Vaccination report Assam 1874-1896 - 1874-1896
Year: 1874
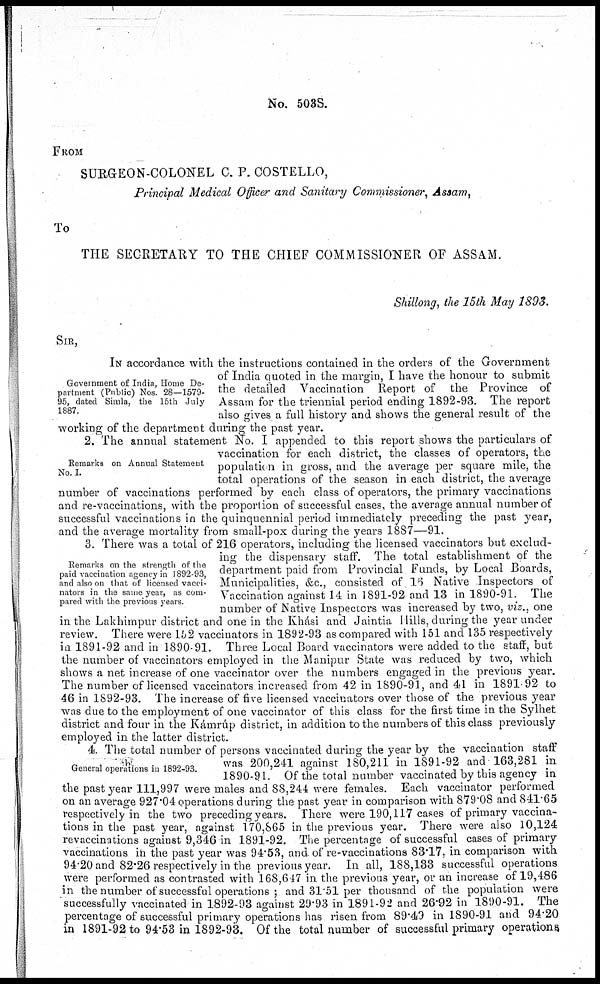
No. 503S
FROM
SURGEON-COLONEL C. P. COSTELLO,
Principal Medical Officer and Sanitary Commissioner, Assam,
To
THE SECRETARY TO THE CHIEF COMMISSIONER OF ASSAM.
Shillong, the 15th May 1893.
SIR,
Government of India, Home De-
partment (Public) Nos. 28—1579-
95, dated Simla, the 15th July
1887.
IN accordance with the instructions contained in the orders of the Government
of India quoted in the margin, I have the honour to submit
the detailed Vaccination Report of the Province of
Assam for the triennial period ending 1892-93. The report
also gives a full history and shows the general result of the
working of the department during the past year.
Remarks on Annual Statement
No. I.
2. The annual statement No. I appended to this report shows the particulars of
vaccination for each district, the classes of operators, the
population in gross, and the average per square mile, the
total operations of the season in each district, the average
number of vaccinations performed by each class of operators, the primary vaccinations
and re-vaccinations, with the proportion of successful cases, the average annual number of
successful vaccinations in the quinquennial period immediately preceding the past year,
and the average mortality from small-pox during the years 1887—91.
Remarks on the strength of the
paid vaccination agency in 1892-93,
and also on that of licensed vacci-
nators in the same year, as com-
pared with the previous years.
3. There was a total of 216 operators, including the licensed vaccinators but exclud-
ing the dispensary staff. The total establishment of the
department paid from Provincial Funds, by Local Boards,
Municipalities, &c., consisted of 16 Native Inspectors of
Vaccination against 14 in 1891-92 and 13 in 1890-91. The
number of Native Inspectors was increased by two, viz., one
in the Lakhimpur district and one in the Khási and Jaintia Hills, during the year under
review. There were 152 vaccinators in 1892-93 as compared with 151 and 135 respectively
in 1891-92 and in 1890-91. Three Local Board vaccinators were added to the staff, but
the number of vaccinators employed in the Manipur State was reduced by two, which
shows a net increase of one vaccinator over the numbers engaged in the previous year.
The number of licensed vaccinators increased from 42 in 1890-91, and 41 in 1891-92 to
46 in 1892-93. The increase of five licensed vaccinators over those of the previous year
was due to the employment of one vaccinator of this class for the first time in the Sylhet
district and four in the Kámrúp district, in addition to the numbers of this class previously
employed in the latter district.
General operations in 1892-93.
4. The total number of persons vaccinated during the year by the vaccination staff
was 200,241 against 180,211 in 1891-92 and 163,281 in
1890-91. Of the total number vaccinated by this agency in
the past year 111,997 were males and 88,244 were females. Each vaccinator performed
on an average 927.04 operations during the past year in comparison with 879.08 and 841.65
respectively in the two preceding years. There were 190,117 cases of primary vaccina-
tions in the past year, against 170,865 in the previous year. There were also 10,124
revaccinations against 9,346 in 1891-92. The percentage of successful cases of primary
vaccinations in the past year was 94.53, and of re-vaccinations 83.17, in comparison with
94.20 and 82.26 respectively in the previous year. In all, 188,133 successful operations
were performed as contrasted with 168,647 in the previous year, or an increase of 19,486
in the number of successful operations ; and 31.51 per thousand of the population were
successfully vaccinated in 1892-93 against 29.93 in 1891-92 and 26.92 in 1890-91. The
percentage of successful primary operations has risen from 89.49 in 1890-91 and 94.20
in 1891-92 to 94.53 in 1892-93. Of the total number of successful primary operations